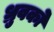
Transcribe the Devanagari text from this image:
ध्रुवको